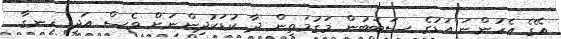
އޭގެ އެހުންނަ އަޑުގެ ސަބަބުން މަގުމަތިން ދާ ކުޑަކުދިންނަށް ވެސް އަދި ހިނގާ